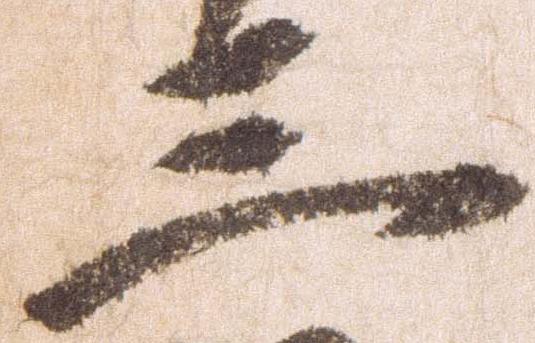
三